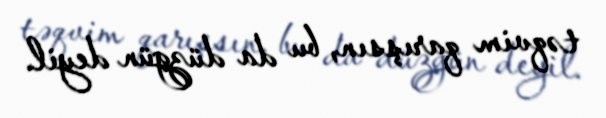
təqvim qarışsın, bu da düzgün deyil.